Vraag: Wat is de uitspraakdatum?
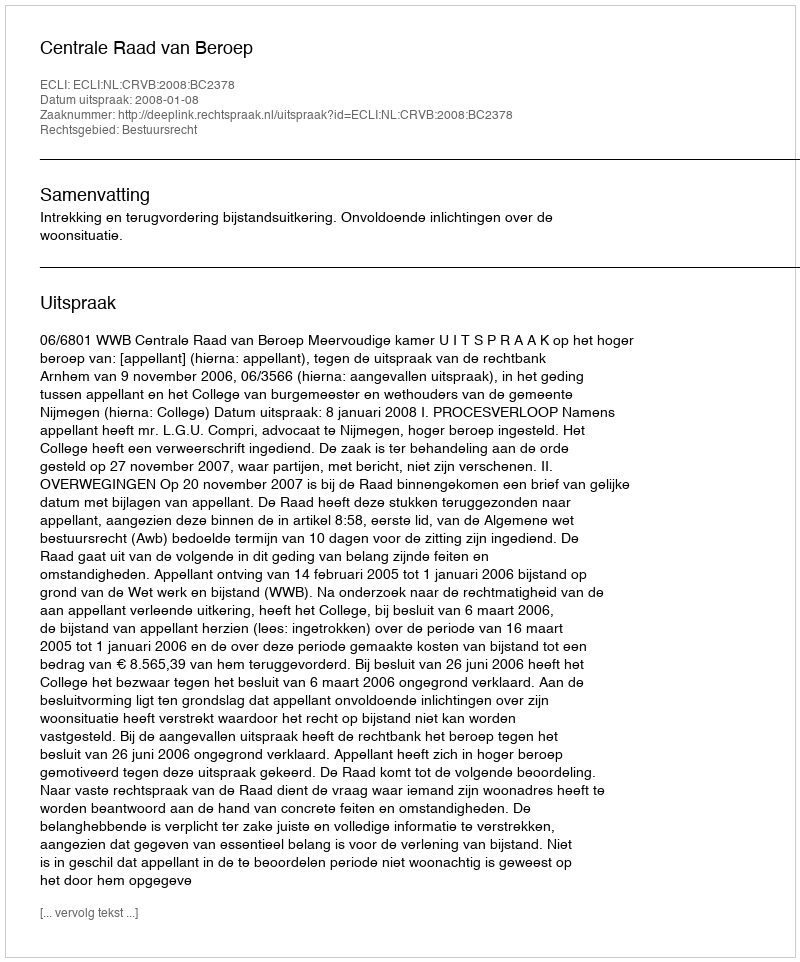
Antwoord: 2008-01-08